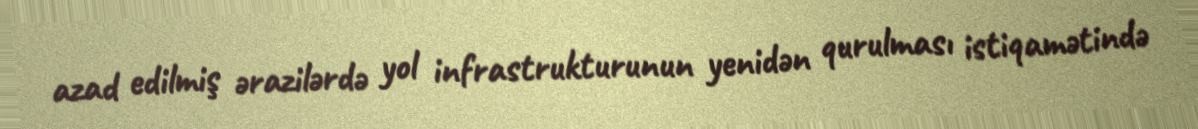
azad edilmiş ərazilərdə yol infrastrukturunun yenidən qurulması istiqamətində